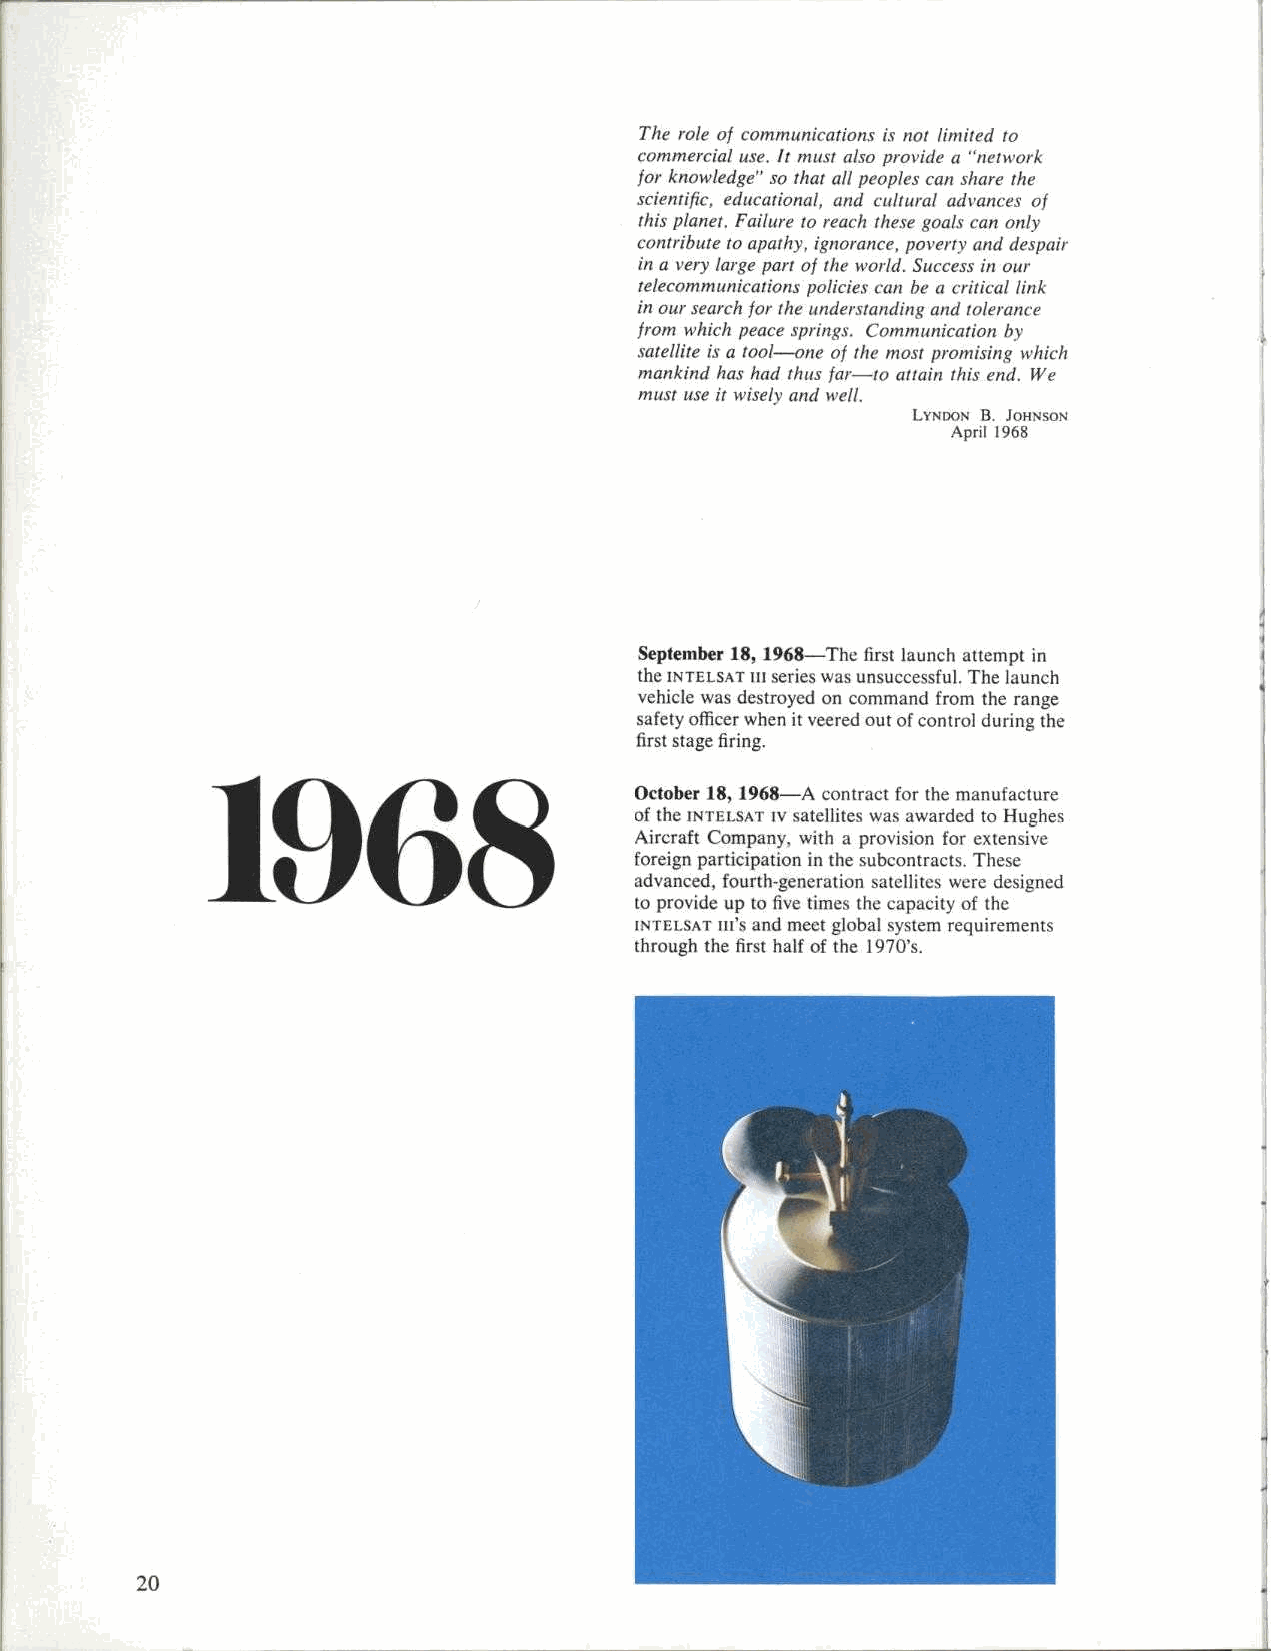
The role of communications is not limited to
 commercial use. It must also provide a "network
 for knowledge" so that all peoples can share the
 scientific, educational, and cultural advances of
 this planet. Failure to reach these goals can only
 contribute to apathy, ignorance, poverty and despair
 in a very large part of the world. Success in our
 telecommunications policies can be a critical link
 in our search for the understanding and tolerance
 from which peace springs. Communication by
 satellite is a tool-one of the most promising which
 mankind has had thus far-to attain this end. We
 must use it wisely and well.
 LYNDON B. JOHNSON
 April 1968
 September 18, 1968-The first launch attempt in
 the INTELSAT iii series was unsuccessful. The launch
 vehicle was destroyed on command from the range
 safety officer when it veered out of control during the
 first stage firing.
 1968
 October 18, 1968-A contract for the manufacture
 of the INTELSAT Iv satellites was awarded to Hughes
 Aircraft Company, with a provision for extensive
 foreign participation in the subcontracts. These
 advanced, fourth-generation satellites were designed
 to provide up to five times the capacity of the
 INTEI.SAT III's and meet global system requirements
 through the first half of the 1970's.
 20